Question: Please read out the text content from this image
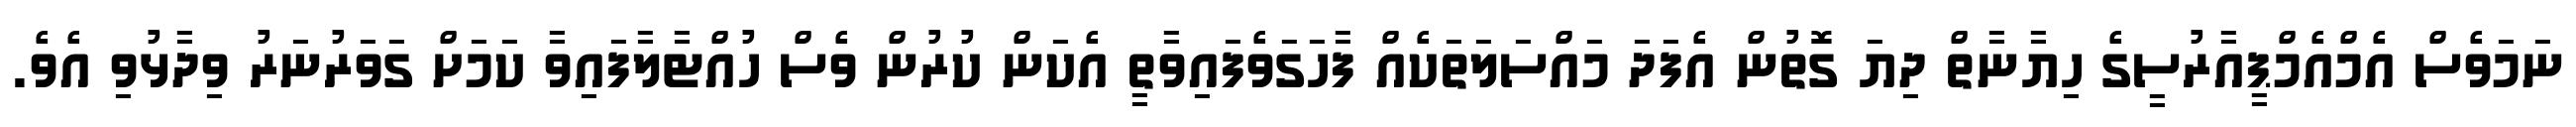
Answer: ނަމަވެސް އެމްއެމްޕީއާރުސީގެ ހިޔާނާތް ދިޔަ ގޮތުން އެފަދަ މައްސަލަތަކެއް ފާހަގަވެފައިވާތީ އެކަން ކުރުން ވެސް ހުއްޓާލާފައިވާ ކަމަށް ގަވަރުނަރު ވިދާޅުވި އެވެ.